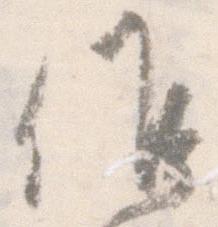
候